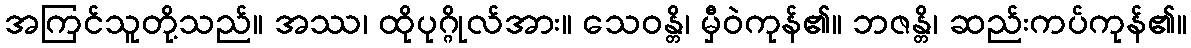
အကြင်သူတို့သည်။ အဿ၊ ထိုပုဂ္ဂိုလ်အား။ သေဝန္တိ၊ မှီဝဲကုန်၏။ ဘဇန္တိ၊ ဆည်းကပ်ကုန်၏။